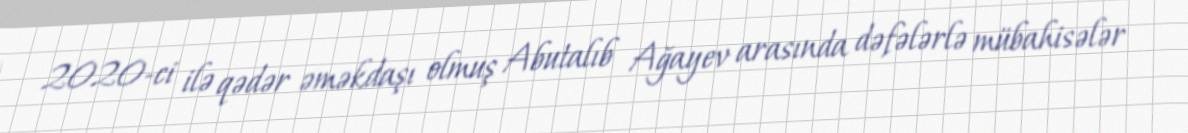
2020-ci ilə qədər əməkdaşı olmuş Abutalıb Ağayev arasında dəfələrlə mübahisələr